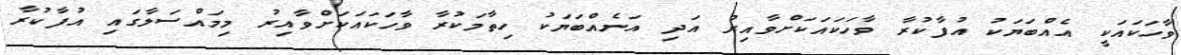
ވާހަކައަކީ އެއްބަޔަކު އުފާކުރާ ވާހަކައަކަށްވާއިރު އަދި އަނެއްބަޔަކު ހިތާމަކުރާ ވާހަކައަކަށްވާއިރު މިމައްސަލާގައި އުފާކުރާ